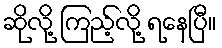
ဆိုလို့ ကြည့်လို့ ရနေပြီ။